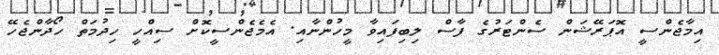
އިމާޖެންސީ އޮޕަރޭޝަން ސެންޓަރުގެ ފާސް ލިބިފައިވާ މީހުންނާއި. އެމެޖެންސީކޮށް ސިއްހީ ހިދުމަތް ހޯދާންޖެހޭ